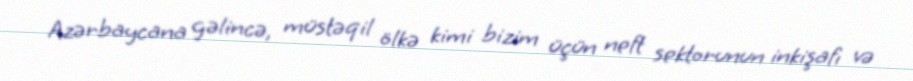
Azərbaycana gəlincə, müstəqil ölkə kimi bizim üçün neft sektorunun inkişafı və